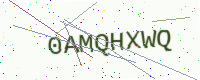
Text: 0AMQHXWQ